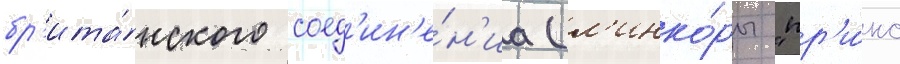
бр'ита́нского соед'ин'е́н'иа (л'инко́ры "пр'и́нс